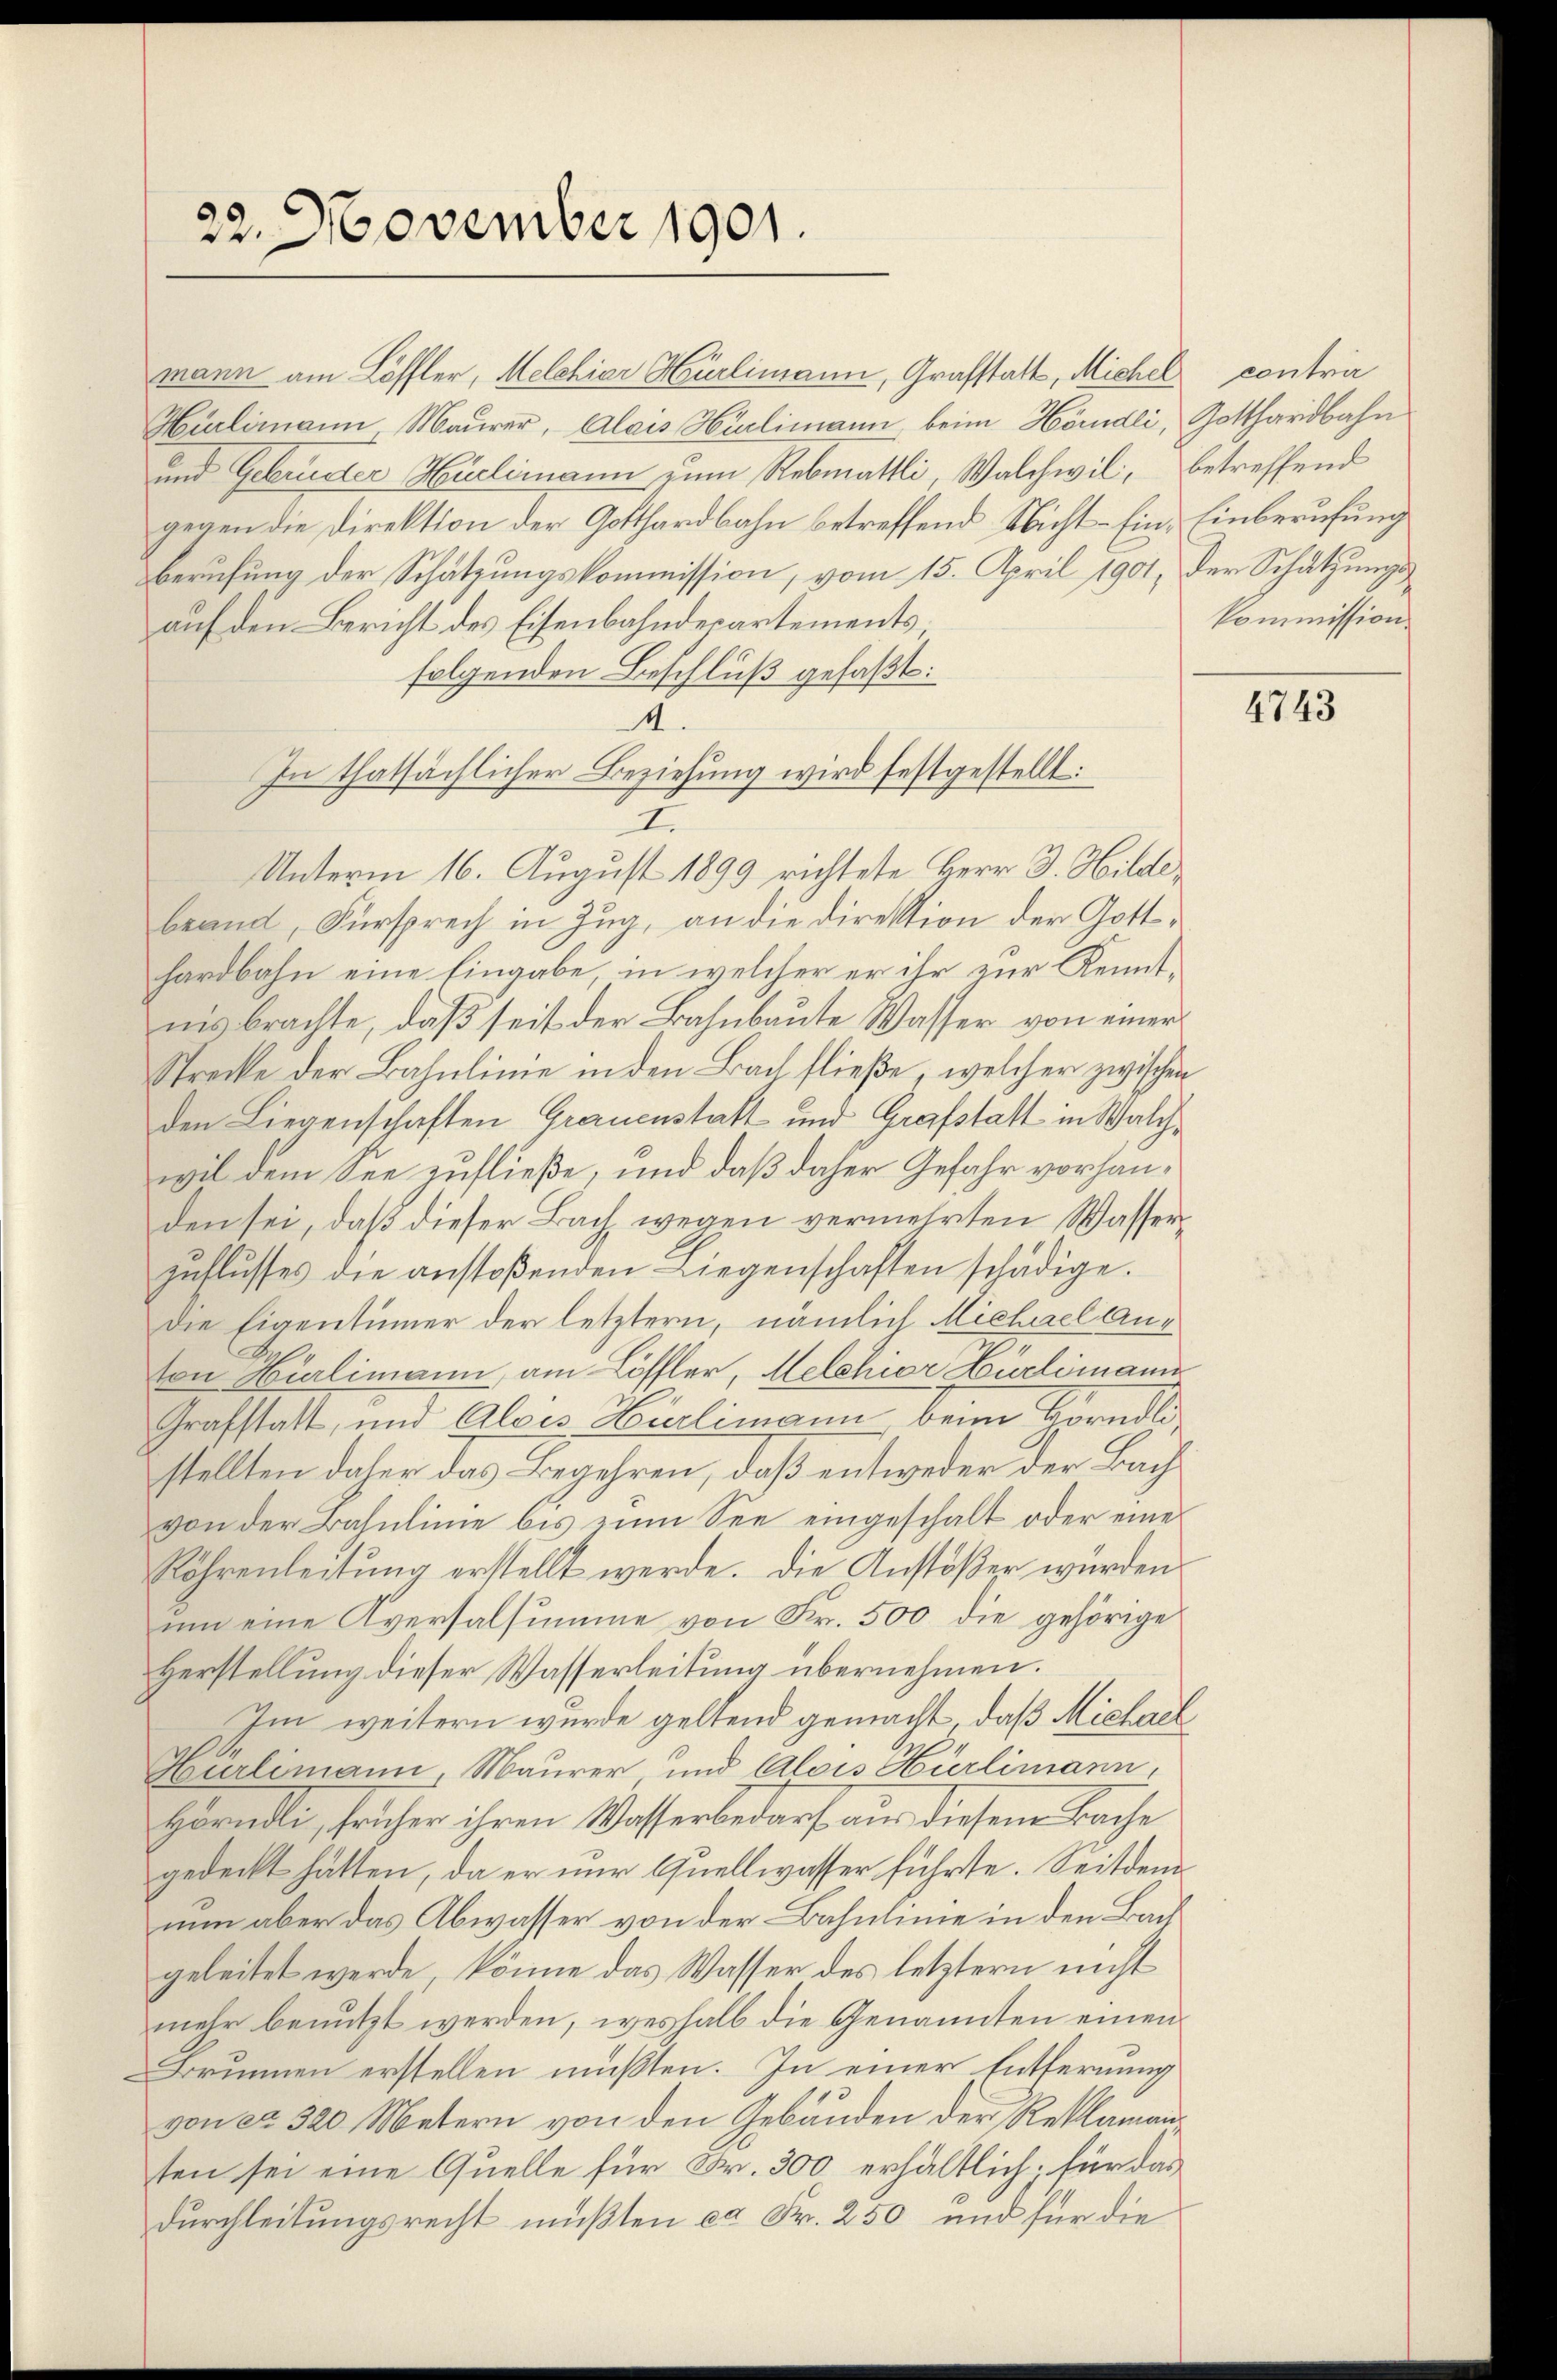
mann am Löffler, Melchior Hürlimann, Grafstatt, Michel contrir
Hürlimann Maurer, Alois Hürlimann, beim Hörndli, Gotthardbahn
und Gebrüder Huclimann zum Rebmattli, Walchwil, betreffend
gegen die Direktion der Gotthardbahn betreffend Nicht - Ein Einberufung
Berufung der Schätzungskommission, vom 15. April 1901, der Schätzungsauf den Bericht des Eisenbahndepartements
folgenden Beschluß gefaßt:
4
In thatsächlicher Beziehung wird festgestellt:
2
brand, Fürsprech in Zug, an die Direktion der Gotthardbahn eine Eingabe, in welcher er ihr zur Kenntins brachte, daß seit der Bahnbaute Wasser von einer
Strecke der Bahnlinie in den Bach fließe, welcher zwischen
den Liegenschaften Grauenstatt und Grafstatt in Walchwil dem See zufließe, und daß daher Gefahr vorhanden sei, daß dieser Bach wegen vermehrten Wasserzŭflŭsses die anstoβenden Liegenschaften schädige.
die Eigentümer der letztern, nämlich Michael Anton Hürlimann, am Löffler, Melchior Hürlimann
Grafstatt, und Alois Hürlimann, beim Hörndli
stellten daher das Begehren, daß entweder der Bachvon der Bahnlinie bis zum See eingeschalt oder eine
Röhrenleitung erstellt werde. Die Anstößer würden
um eine Aversalsumme von Fr. 500 die gehörige
Herstellung dieser Wasserleitung übernehmen.
Im weitern wurde geltend gemacht, daß Michael
Hürlimann, Maurer und Alois Hürlimann,
Hörndli, früher ihren Wasserbedarf aus diesem Bache
gedeckt hätten, da er nur Quellwasser führte. Seitdem
nun aber das Abwasser von der Bahnlinie in den Baugeleitet werde, könne das Wasser des letztern nicht
mehr benutzt werden, weshalb die Genannten einen
Brunnen erstellen mußten. In einer Entfernung
von ca. 320 Metern von den Gebäuden der Reklamanten sei eine Quelle für Fr. 300 erhältlich; für das
durchleitungsrecht mußten ca Fr. 250 und für die

22. November 1901.

Unterm 16. August 1899 richtete Herr J. Hilde¬

kommission.

4743